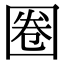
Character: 圈